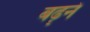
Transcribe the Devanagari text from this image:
बढ़्ने